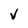
Character: v